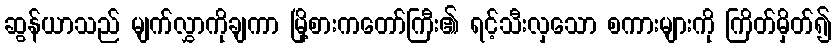
ဆွန်ယာသည် မျက်လွှာကိုချကာ မြို့စားကတော်ကြီး၏ ရင့်သီးလှသော စကားများကို ကြိတ်မှိတ်၍